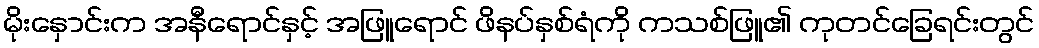
မိုးနှောင်းက အနီရောင်နှင့် အဖြူရောင် ဖိနပ်နှစ်ရံကို ကသစ်ဖြူ၏ ကုတင်ခြေရင်းတွင်